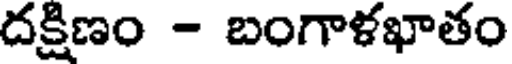
దక్షిణం - బంగాళఖాతం